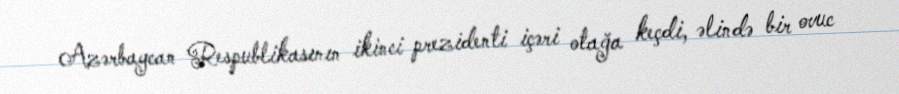
Azərbaycan Respublikasının ikinci prezidenti içəri otağa keçdi, əlində bir ovuc